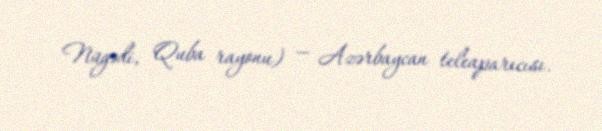
Nügədi, Quba rayonu) — Azərbaycan teleaparıcısı.